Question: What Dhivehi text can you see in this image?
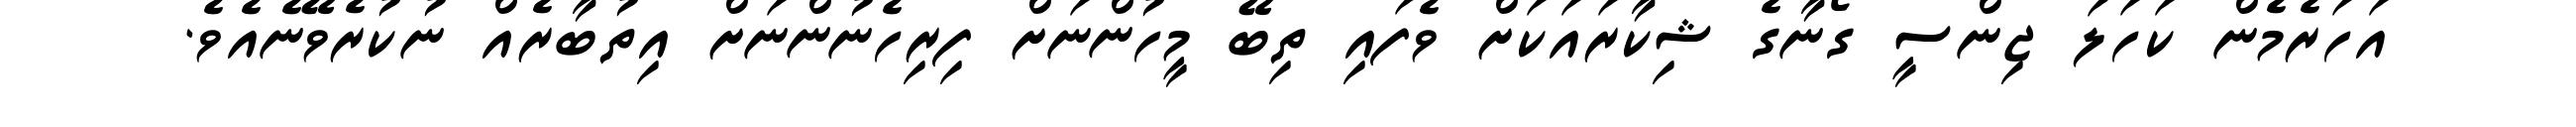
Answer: އަހަރެމެން ކަހަލަ ޖިންސީ ގޯނާގެ ޝިކާރައަކަށް ވެފައި ތިބޭ މީހުންނަށް ފިރިހެނުންނަށް އިތުބާރެއް ނުކުރެވޭނެއެވެ.